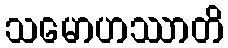
သမောဟဿာတိ